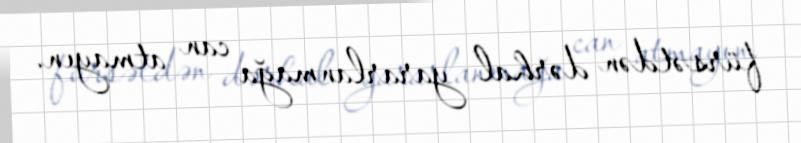
fürsətdən dərhal yararlanmağa can atmayın.